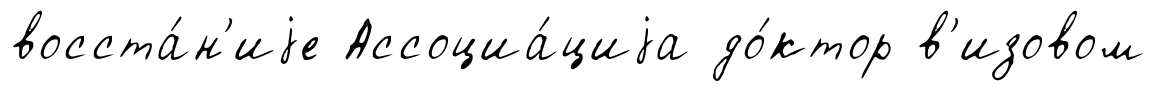
восста́н'иjе Ассоциа́циjа до́ктор в'изовом